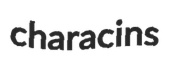
characins